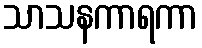
သာသနကာရကာ